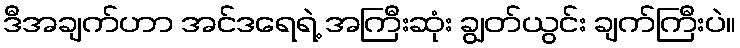
ဒီအချက်ဟာ အင်ဒရေရဲ့ အကြီးဆုံး ချွတ်ယွင်း ချက်ကြီးပဲ။